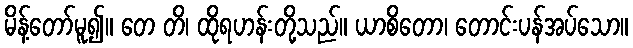
မိန့်တော်မူ၍။ တေ တိ၊ ထိုရဟန်းတို့သည်။ ယာစိတော၊ တောင်းပန်အပ်သော။